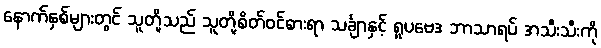
နောက်နှစ်များတွင် သူတို့သည် သူတို့စိတ်ဝင်စားရာ သင်္ချာနှင့် ရူပဗေဒ ဘာသာရပ် အသီးသီးကို